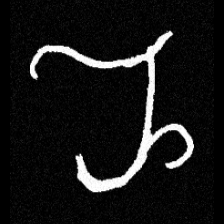
Pyu character \u2014 Myanmar letter: ည (romanized: nya)